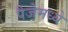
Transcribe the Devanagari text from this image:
पैजेमध्ये